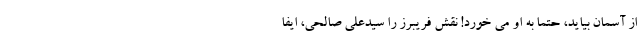
از آسمان بیاید، حتما به او می خورد! نقش فریبرز را سیدعلی صالحی، ایفا